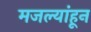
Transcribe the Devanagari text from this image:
मजल्यांहून